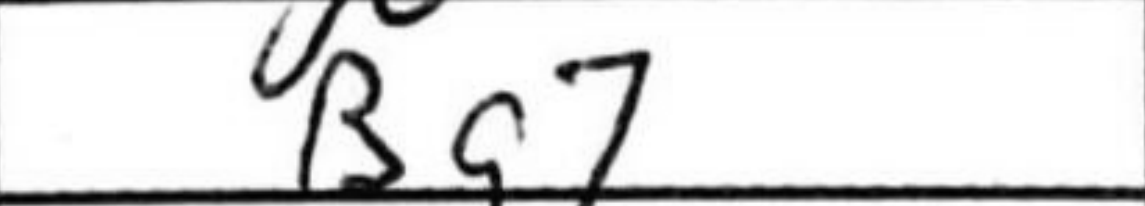
Transcription: Bg7